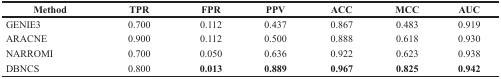
<table><thead><tr><td><b>Method</b></td><td><b>TPR</b></td><td><b>FPR</b></td><td><b>PPV</b></td><td><b>ACC</b></td><td><b>MCC</b></td><td><b>AUC</b></td></tr></thead><tbody><tr><td>GENIE3</td><td>0.700</td><td>0.112</td><td>0.437</td><td>0.867</td><td>0.483</td><td>0.919</td></tr><tr><td>ARACNE</td><td>0.900</td><td>0.112</td><td>0.500</td><td>0.888</td><td>0.618</td><td>0.930</td></tr><tr><td>NARROMI</td><td>0.700</td><td>0.050</td><td>0.636</td><td>0.922</td><td>0.623</td><td>0.938</td></tr><tr><td>DBNCS</td><td>0.800</td><td><b>0.013</b></td><td><b>0.889</b></td><td><b>0.967</b></td><td><b>0.825</b></td><td><b>0.942</b></td></tr></tbody></table>